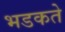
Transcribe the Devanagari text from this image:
भडकते